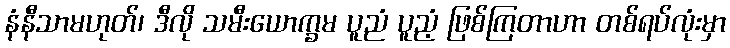
နံနီသာမဟုတ်၊ ဒီလို သမီးယောက္ခမ ပူညံ ပူညံ့ ဖြစ်ကြတာဟာ တစ်ရပ်လုံးမှာ